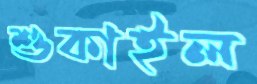
শুকাইল